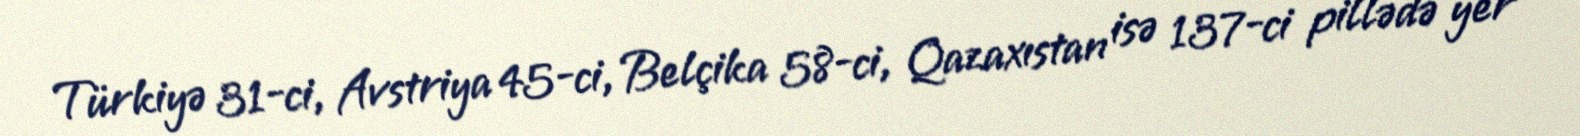
Türkiyə 31-ci, Avstriya 45-ci, Belçika 58-ci, Qazaxıstan isə 137-ci pillədə yer